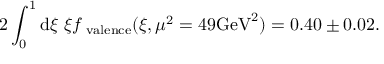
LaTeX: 2 \int _ { 0 } ^ { 1 } \mathrm { d } \xi \; \xi f _ { \mathrm { \scriptsize ~ v a l e n c e } } ( \xi , \mu ^ { 2 } = 4 9 \mathrm { G e V } ^ { 2 } ) = 0 . 4 0 \pm 0 . 0 2 .